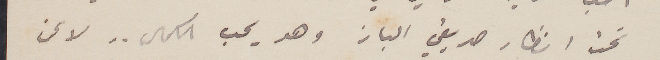
تحت انظار صديقي الباز وهو يحب الكمال .. لا عن